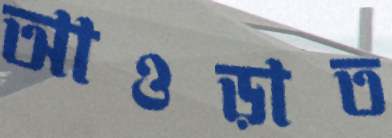
আওড়াত